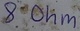
Text: 8Ohm